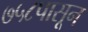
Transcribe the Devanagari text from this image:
७५८पासून